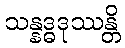
သန္နဒ္ဓဒုဿန္တိ